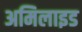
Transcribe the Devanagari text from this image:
अमिलाइड